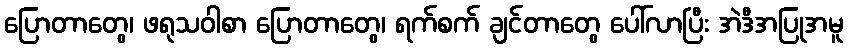
ပြောတာတွေ၊ ဖရုသဝါစာ ပြောတာတွေ၊ ရက်စက် ချင်တာတွေ ပေါ်လာပြီး အဲဒီအပြုအမူ